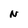
Character: N